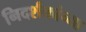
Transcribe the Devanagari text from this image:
निदर्शकांच्या